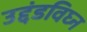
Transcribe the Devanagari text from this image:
उद्दंडविघ्न